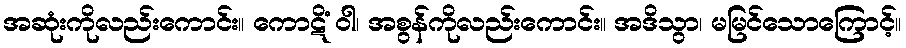
အဆုံးကိုလည်းကောင်း။ ကောဋိံ ဝါ၊ အစွန်ကိုလည်းကောင်း။ အဒိသွာ၊ မမြင်သောကြောင့်။